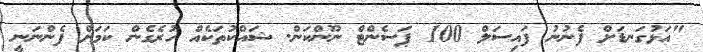
"އަޅުގަނޑަށް ފެނުނު ފައިސަލް 100 ޕަސެންޓް ނޫންކަން. ޝައްކުތަކެއް ހުރެގެން ކަމަށް ފެންނަނީ